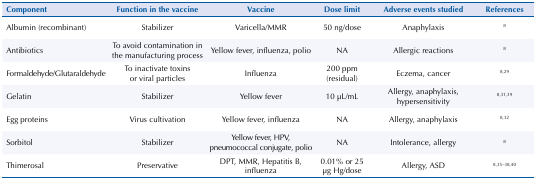
| Component | Function in the vaccine | Vaccine | Dose limit | Adverse events studied | References |
 | --- | --- | --- | --- | --- | --- |
 | Albumin (recombinant) | Stabilizer | Varicella/MMR | 50 ng/dose | Anaphylaxis | 8 |
 | Antibiotics | To avoid contamination in the manufacturing process | Yellow fever, influenza, polio | NA | Allergic reactions | 8 |
 | Formaldehyde/Glutaraldehyde | To inactivate toxins or viral particles | Influenza | 200 ppm (residual) | Eczema, cancer | 8,29 |
 | Gelatin | Stabilizer | Yellow fever | 10 μL/mL | Allergy, anaphylaxis, hypersensitivity | 8,31,39 |
 | Egg proteins | Virus cultivation | Yellow fever, influenza | NA | Allergy, anaphylaxis | 8,32 |
 | Sorbitol | Stabilizer | Yellow fever, HPV, pneumococcal conjugate, polio | NA | Intolerance, allergy | 8 |
 | Thimerosal | Preservative | DPT, MMR, Hepatitis B, influenza | 0.01% or 25 μg Hg/dose | Allergy, ASD | 8,35–38,40 |